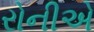
રોનીએ